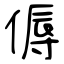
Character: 傉